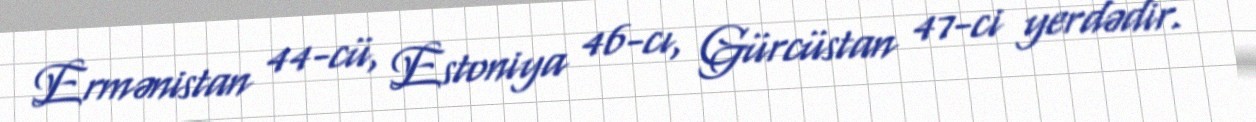
Ermənistan 44-cü, Estoniya 46-cı, Gürcüstan 47-ci yerdədir.